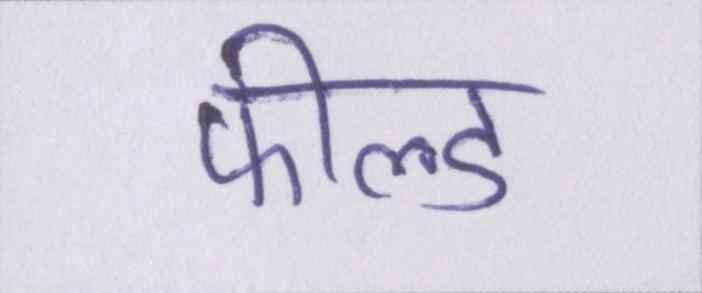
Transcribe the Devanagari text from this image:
फील्ड